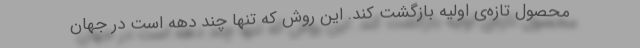
محصول تازه‌ی اولیه بازگشت کند. این روش که تنها چند دهه است در جهان